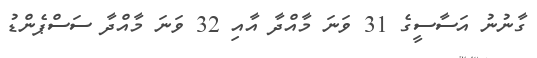
ގާނުނު އަސާސީގެ 31 ވަނަ މާއްދާ އާއި 32 ވަނަ މާއްދާ ސަސްޕެންޑު